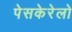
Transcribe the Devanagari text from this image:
पेसकेरेलो